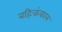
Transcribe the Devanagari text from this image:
बहिःकंकाल